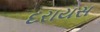
દરાયસ